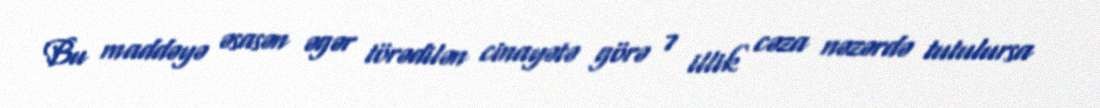
Bu maddəyə əsasən əgər törədilən cinayətə görə 7 illik cəza nəzərdə tutulursa